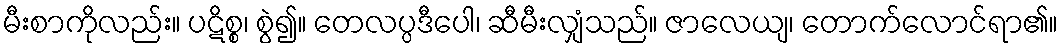
မီးစာကိုလည်း။ ပဋိစ္စ၊ စွဲ၍။ တေလပ္ပဒီပေါ၊ ဆီမီးလျှံသည်။ ဇာလေယျ၊ တောက်လောင်ရာ၏။